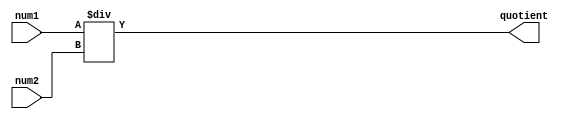
module fixed_point_divider (
    input wire signed [15:0] num1, // Input fixed-point number 1
    input wire signed [15:0] num2, // Input fixed-point number 2
    output wire signed [15:0] quotient // Output fixed-point quotient
);

assign quotient = num1 / num2; // Perform division operation

endmodule